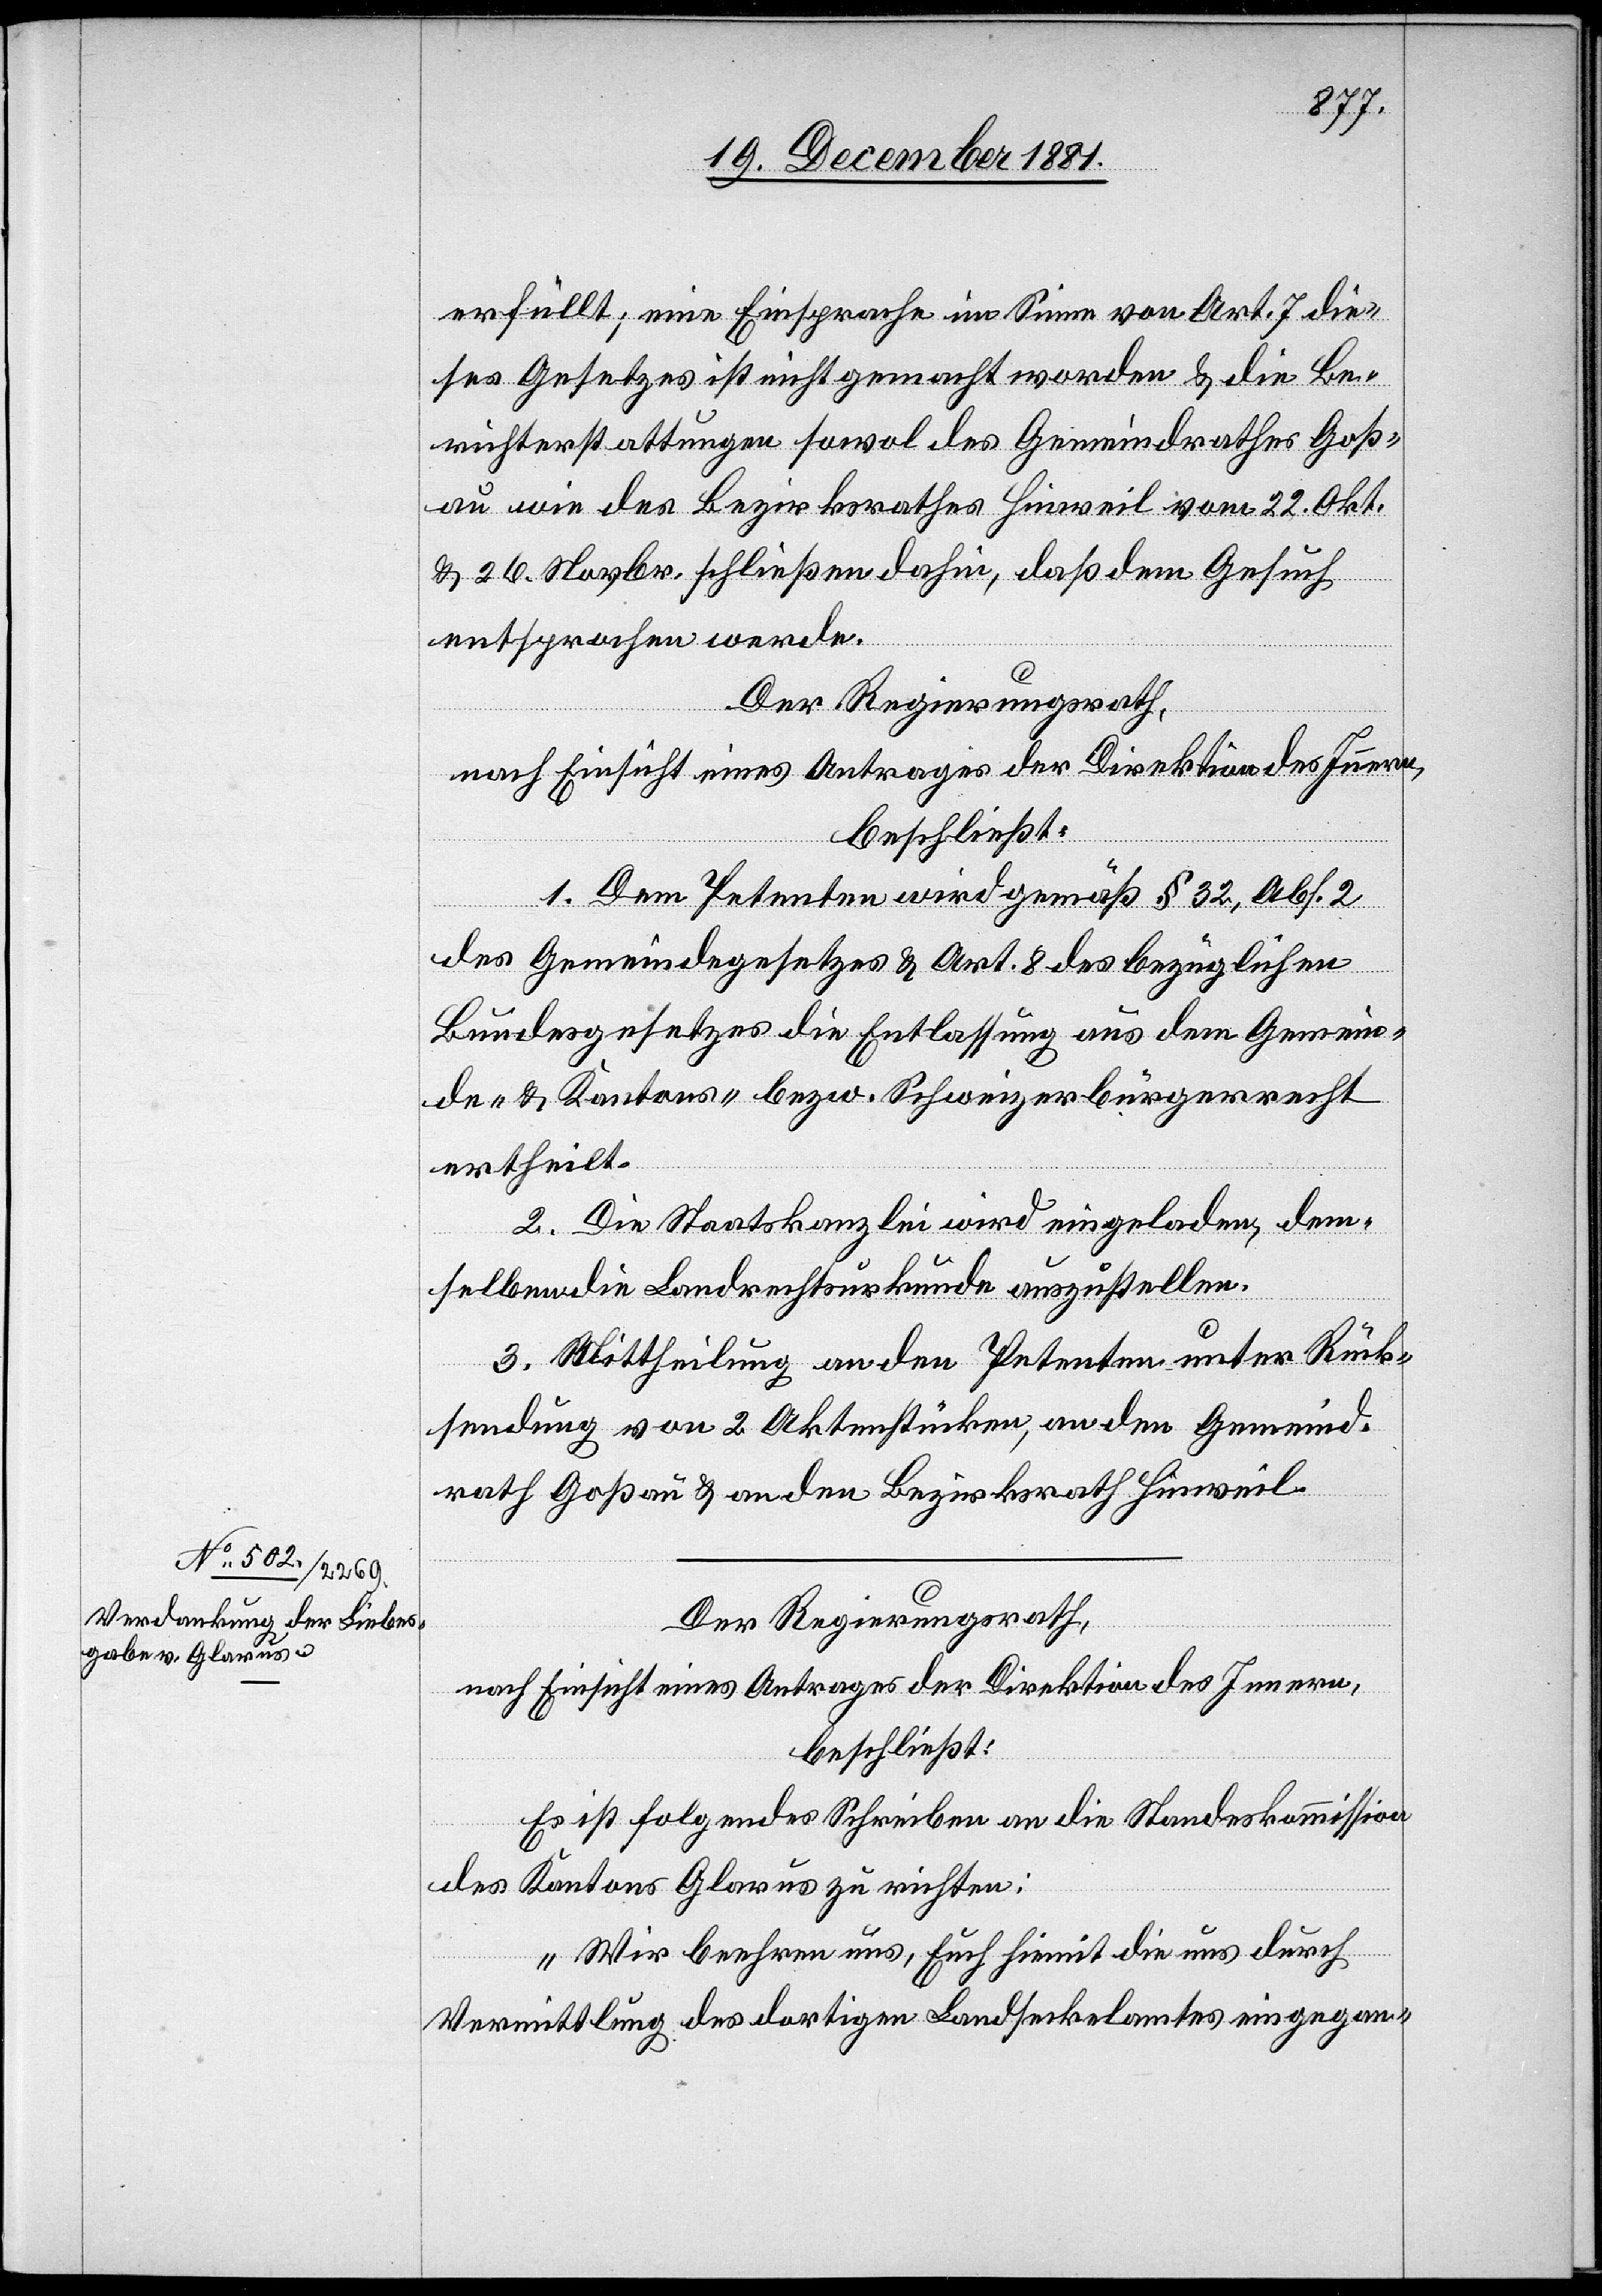
erfüllt; eine Einsprache im Sinne von Art. 7 die¬
ses Gesetzes ist nicht gemacht worden & die Be¬
richterstattungen sowol des Gemeindrathes Goß¬
au wie des Bezirksrathes Hinweil vom 22. Okt.
& 26. Novbr. schließen dahin, daß dem Gesuch
entsprochen werde.
Der Regierungsrath,
nach Einsicht eines Antrages der Direktion des Innern,
beschließt:
1. Dem Petenten wird gemäß § 32, Abs. 2
des Gemeindegesetzes & Art. 8 des bezüglichen
Bundesgesetzes die Entlassung aus dem Gemein¬
de- & Kantons- bezw. Schweizerbürgerrecht
ertheilt.
2. Die Staatskanzlei wird eingeladen, dem¬
selben die Landrechtsurkunde auszustellen.
3. Mittheilung an den Petenten unter Rück¬
sendung von 2 Aktenstücken, an den Gemeind¬
rath Goßau & an den Bezirksrath Hinweil.
Der Regierungsrath,
nach Einsicht eines Antrages der Direktion des Innern,
beschließt:
Es ist folgendes Schreiben an die Standeskommission
des Kantons Glarus zu richten:
„Wir beehren uns, Euch hiemit die uns durch
Vermittlung des dortigen Landseckelamtes eingegan-